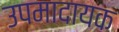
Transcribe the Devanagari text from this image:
उपमादायक